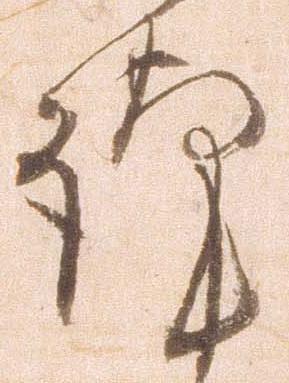
謹